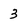
Character: 3